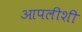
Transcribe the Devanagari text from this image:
आपलीशी